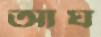
আঘ